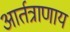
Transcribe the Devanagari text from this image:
आर्तत्राणाय